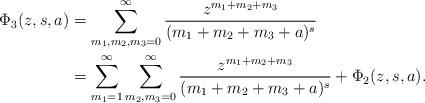
LaTeX: \begin{align*}\begin{aligned}\Phi_3(z,s,a)&=\sum_{m_1,m_2,m_3=0}^\infty\frac{z^{m_1+m_2+m_3}}{(m_1+m_2+m_3+a)^{s}} \\&=\sum_{m_1=1}^\infty\sum_{m_2,m_3=0}^\infty\frac{z^{m_1+m_2+m_3}}{(m_1+m_2+m_3+a)^{s}}+\Phi_2(z,s,a).\end{aligned}\end{align*}